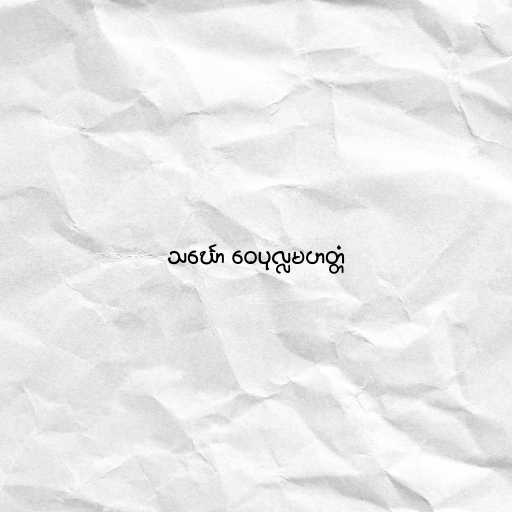
သင်္ဃော ဝေပုလ္လမဟတ္တံ